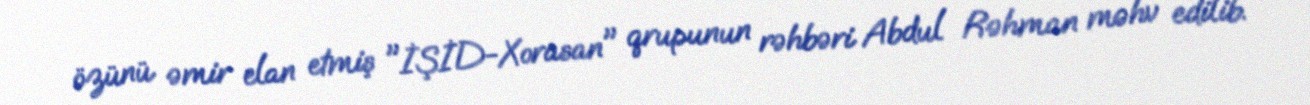
özünü əmir elan etmiş "İŞİD-Xorasan" qrupunun rəhbəri Abdul Rəhman məhv edilib.